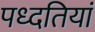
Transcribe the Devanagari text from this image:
पध्दतियां